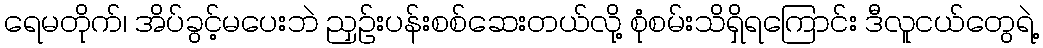
ရေမတိုက်၊ အိပ်ခွင့်မပေးဘဲ ညှဉ်းပန်းစစ်ဆေးတယ်လို့ စုံစမ်းသိရှိရကြောင်း ဒီလူငယ်တွေရဲ့